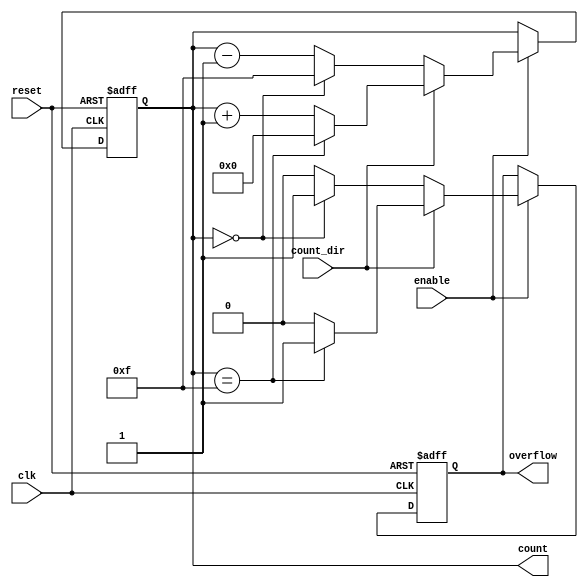
module multi_bit_counter #(
    parameter BIT_WIDTH = 4  // Set the bit width of the counter (e.g., 4 bits)
) (
    input wire clk,           // Clock signal
    input wire reset,         // Asynchronous reset signal
    input wire enable,        // Enable signal
    input wire count_dir,     // Count direction: 1 for up, 0 for down
    output reg [BIT_WIDTH-1:0] count,  // Current count output
    output reg overflow       // Overflow flag (optional)
);

    // Initialize the count value
    initial begin
        count = 0;
        overflow = 0;
    end

    // Asynchronous reset and counting logic
    always @(posedge clk or posedge reset) begin
        if (reset) begin
            // Reset count to 0
            count <= 0;
            overflow <= 0;
        end else if (enable) begin
            // Counting logic
            if (count_dir) begin
                // Up-counting
                if (count == (1 << BIT_WIDTH) - 1) begin
                    count <= 0; // Roll over to 0
                    overflow <= 1; // Set overflow flag
                end else begin
                    count <= count + 1;
                    overflow <= 0; // Clear overflow flag
                end
            end else begin
                // Down-counting
                if (count == 0) begin
                    count <= (1 << BIT_WIDTH) - 1; // Roll over to max value
                    overflow <= 1; // Set overflow flag
                end else begin
                    count <= count - 1;
                    overflow <= 0; // Clear overflow flag
                end
            end
        end
    end

endmodule